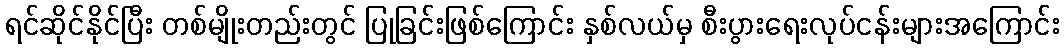
ရင်ဆိုင်နိုင်ပြီး တစ်မျိုးတည်းတွင် ပြုခြင်းဖြစ်ကြောင်း နှစ်လယ်မှ စီးပွားရေးလုပ်ငန်းများအကြောင်း